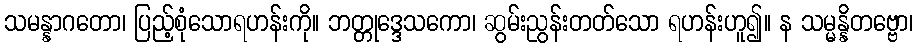
သမန္နာဂတော၊ ပြည့်စုံသောရဟန်းကို။ ဘတ္တုဒ္ဒေသကော၊ ဆွမ်းညွန်းတတ်သော ရဟန်းဟူ၍။ န သမ္မန္နိတဗ္ဗော၊